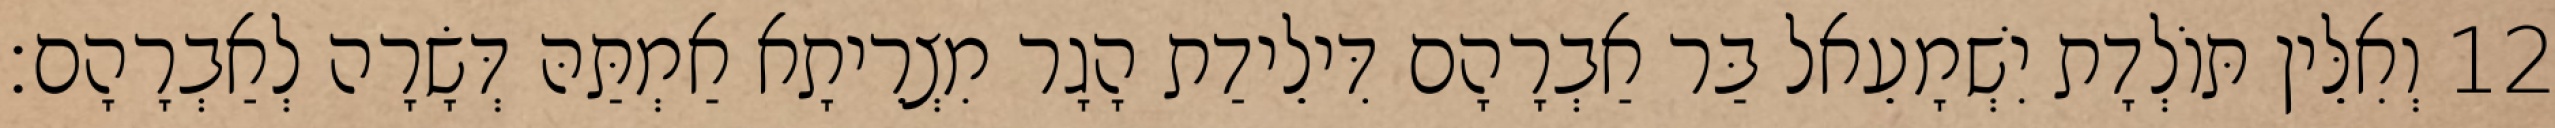
12 וְאִלֵּין תּוֹלְדָת יִשְׁמָעֵאל בַּר אַבְרָהָם דִּילֵידַת הָגָר מִצְרֵיתָא אַמְתַּהּ דְּשָׂרָה לְאַבְרָהָם׃